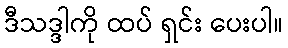
ဒီသဒ္ဒါကို ထပ် ရှင်း ပေးပါ။